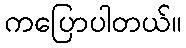
ကပြောပါတယ်။